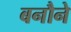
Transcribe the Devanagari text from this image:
बनौने